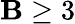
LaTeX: \mathbf{B}\geq3